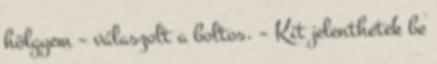
hölgyem – válaszolt a boltos. – Kit jelenthetek be